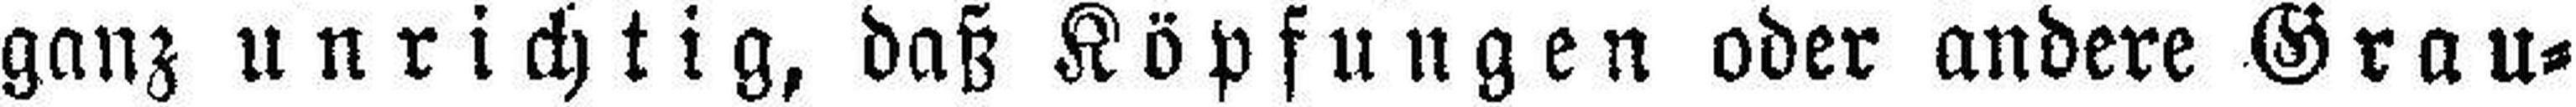
ganz unrichtig, daß Köpfungen oder andere Grau¬